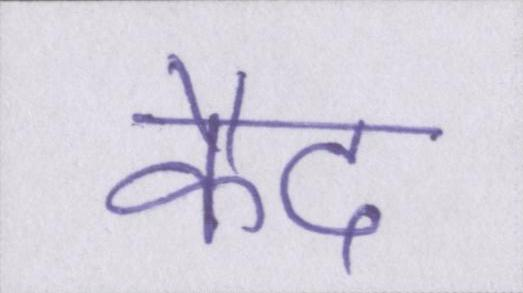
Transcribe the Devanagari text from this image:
कैद